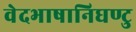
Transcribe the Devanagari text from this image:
वेदभाषानिघण्टु